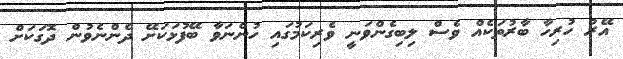
އޭރު ހުރިހާ ބާރުތަކެއް ވެސް ލިބިގެންވަނީ ވެރިކަމުގައި ހުންނަވާ ބޭފުޅަކަށޭ ދެންނެވުން ދޮގަކަށް